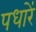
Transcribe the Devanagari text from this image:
पधारें